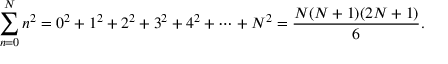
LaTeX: \sum _ { n = 0 } ^ { N } n ^ { 2 } = 0 ^ { 2 } + 1 ^ { 2 } + 2 ^ { 2 } + 3 ^ { 2 } + 4 ^ { 2 } + \cdots + N ^ { 2 } = { \frac { N ( N + 1 ) ( 2 N + 1 ) } { 6 } } .